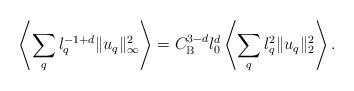
LaTeX: \begin{align*}\left<\sum_{q}\l_q^{-1+d} \|u_q\|_\infty^2 \right> = C_{\mathrm{B}}^{3-d} \l_0^{d}\left<\sum_{q}\l_q^{2} \|u_q\|_2^2 \right>.\end{align*}